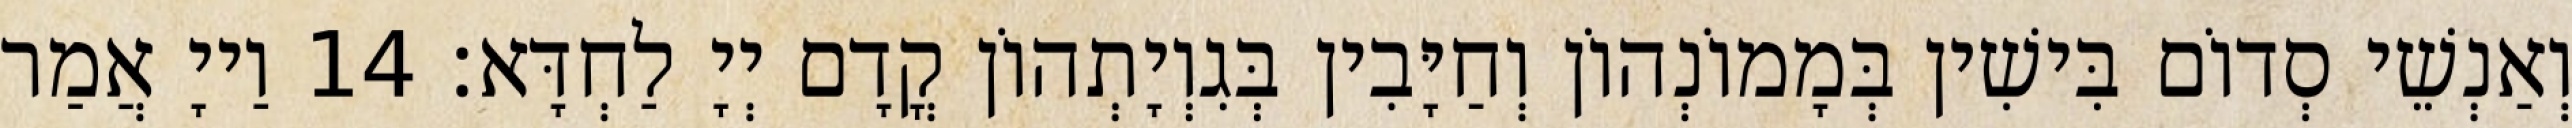
וְאַנְשֵׁי סְדוֹם בִּישִׁין בְּמָמוֹנְהוֹן וְחַיָּבִין בְּגִוְיָתְהוֹן קֳדָם יְיָ לַחְדָּא׃ 14 וַייָ אֲמַר